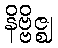
နိဗ္ဗိဇ္ဈ